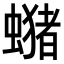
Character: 𧒇